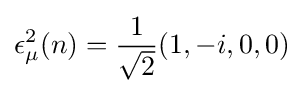
\epsilon _{\mu }^{2}(n)={1 \over {\sqrt {2}}}(1,-i,0,0)